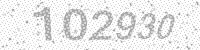
Solution: 102930